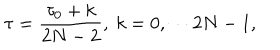
LaTeX: \tau = \frac { \tau _ { 0 } + k } { 2 N - 2 } , ~ k = 0 , \cdots 2 N - 1 ,